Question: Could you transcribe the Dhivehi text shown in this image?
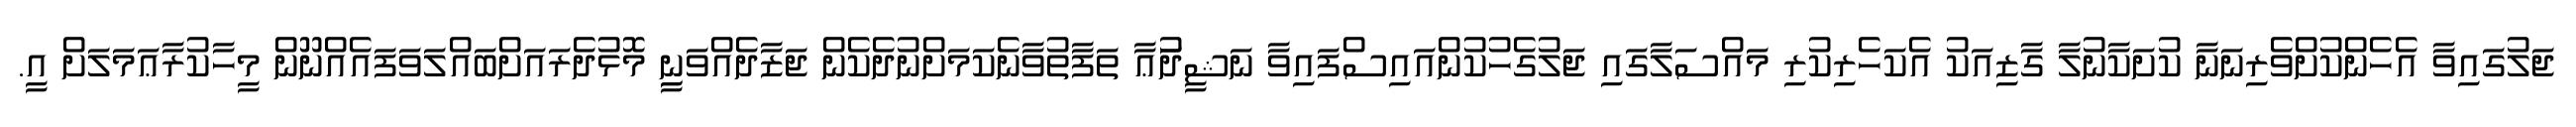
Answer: ޖަލުގައިވާ އެހެންކުށްވެރިނަނާ ކުށަކާނުލާ ގާޒިއަކު އެކަހެރިކުރި މައްސަލާގައި ޖަލުގެހުކުންއައިސްފައިވާ ނަޝީދުަޢާ ތަފާތުވާނެކަމަށްނުދެކެން ޖަޒާދެއްވަނިީ މޮޅުދެރައަށްބައްލަވަފައެއްނޫން މީހާކުރާޢަމަލަށް އީ.